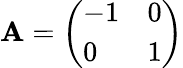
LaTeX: \mathbf{A}={\left(\begin{array}{ll}{-1}&{0}\\ {0}&{1}\end{array}\right)}